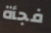
فجأة